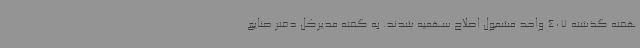
هفته گذشته 407 واحد مشمول اصلاح سهمیه شدند. به گفته مدیرکل دفتر صنایع